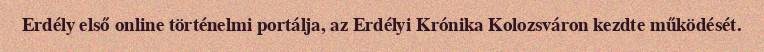
Erdély első online történelmi portálja, az Erdélyi Krónika Kolozsváron kezdte működését.